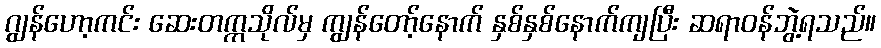
ဂျွန်ဟော့ကင်း ဆေးတက္ကသိုလ်မှ ကျွန်တော့်နောက် နှစ်နှစ်နောက်ကျပြီး ဆရာဝန်ဘွဲ့ရသည်။